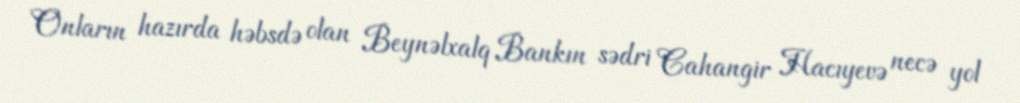
Onların hazırda həbsdə olan Beynəlxalq Bankın sədri Cahangir Hacıyevə necə yol